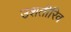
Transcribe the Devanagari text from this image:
उशतीरिव